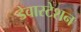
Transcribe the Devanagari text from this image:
डेवास्टेशन